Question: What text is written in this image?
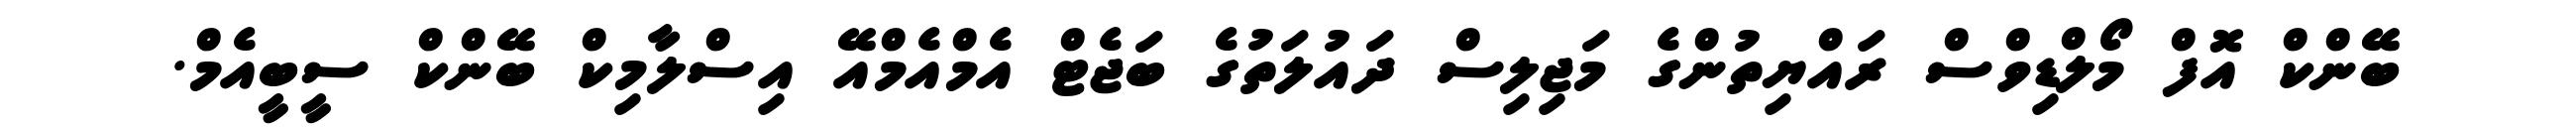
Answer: ބޭންކް އޮފް މޯލްޑިވްސް ރައްޔިތުންގެ މަޖިލިސް ދައުލަތުގެ ބަޖެޓް އެމްއެމްއޭ އިސްލާމިކް ބޭންކް ސީބީއެމް.